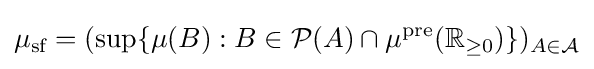
\mu _{\text{sf}}=(\sup\{\mu (B):B\in {\cal {P}}(A)\cap \mu ^{\text{pre}}(\mathbb {R} _{\geq 0})\})_{A\in {\cal {A}}}